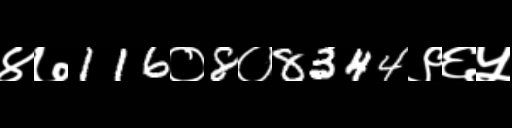
Text: ४७116०8०8344९६५